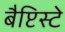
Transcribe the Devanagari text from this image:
बैप्टिस्टे